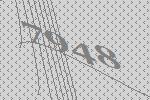
7948